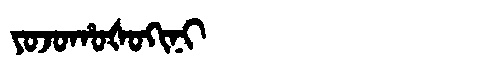
Manchu: ᠶᠣᠵᠣᡥᠣᡧᠣᡴᡳᠨᡳ
Romanization: YOJOHOŠOKINI